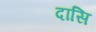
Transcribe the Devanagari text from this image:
दासि